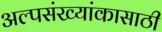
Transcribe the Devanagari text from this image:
अल्पसंख्यांकासाठी